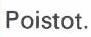
Poistot.